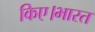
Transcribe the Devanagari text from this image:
किए।भारत